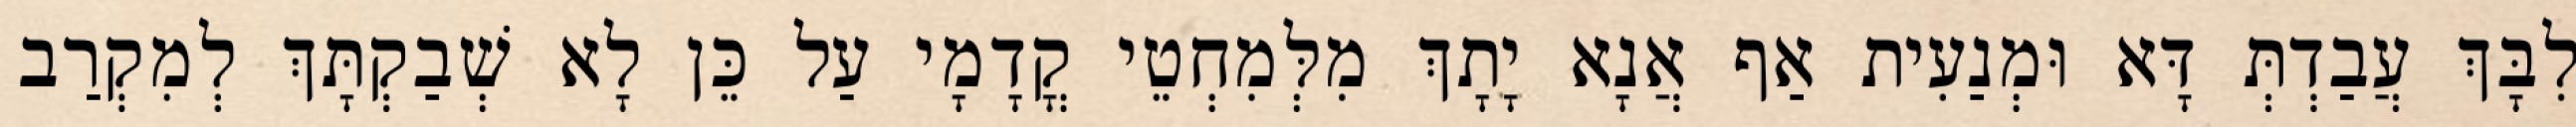
לִבָּךְ עֲבַדְתְּ דָּא וּמְנַעִית אַף אֲנָא יָתָךְ מִלְּמִחְטֵי קֳדָמָי עַל כֵּן לָא שְׁבַקְתָּךְ לְמִקְרַב